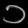
Digit: ၁